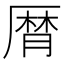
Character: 𠪠